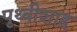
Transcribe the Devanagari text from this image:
पृथ्वीशाह